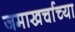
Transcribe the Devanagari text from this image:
जमाखर्चाच्या